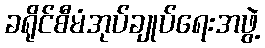
ခရိုင်စီမံအုပ်ချုပ်ရေးအဖွဲ့